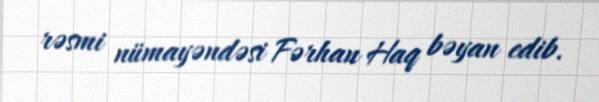
rəsmi nümayəndəsi Fərhan Haq bəyan edib.